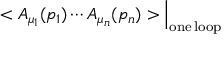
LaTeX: < A _ { \mu _ { 1 } } ( p _ { 1 } ) \cdots A _ { \mu _ { n } } ( p _ { n } ) > \Big | _ { \mathrm { o n e \, l o o p } }